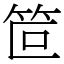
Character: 笸